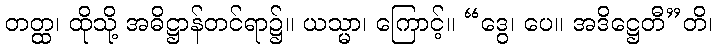
တတ္ထ၊ ထိုသို့ အဓိဋ္ဌာန်တင်ရာ၌။ ယသ္မာ၊ ကြောင့်။ “ဒွေ၊ ပေ။ အဒိဋ္ဌေတီ”တိ၊